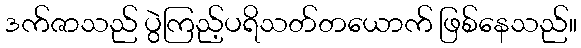
ဒက်ဇာသည် ပွဲကြည့်ပရိသတ်တယောက် ဖြစ်နေသည်။